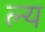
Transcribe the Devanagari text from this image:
ल्य